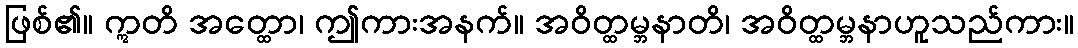
ဖြစ်၏။ ဣတိ အတ္ထော၊ ဤကားအနက်။ အဝိတ္ထမ္ဘနာတိ၊ အဝိတ္ထမ္ဘနာဟူသည်ကား။